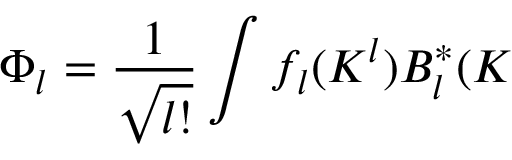
\Phi _ { l } = \frac { 1 } { \sqrt { l ! } } \int f _ { l } ( { \cal K } ^ { l } ) B _ { l } ^ { \ast } ( { \cal K }